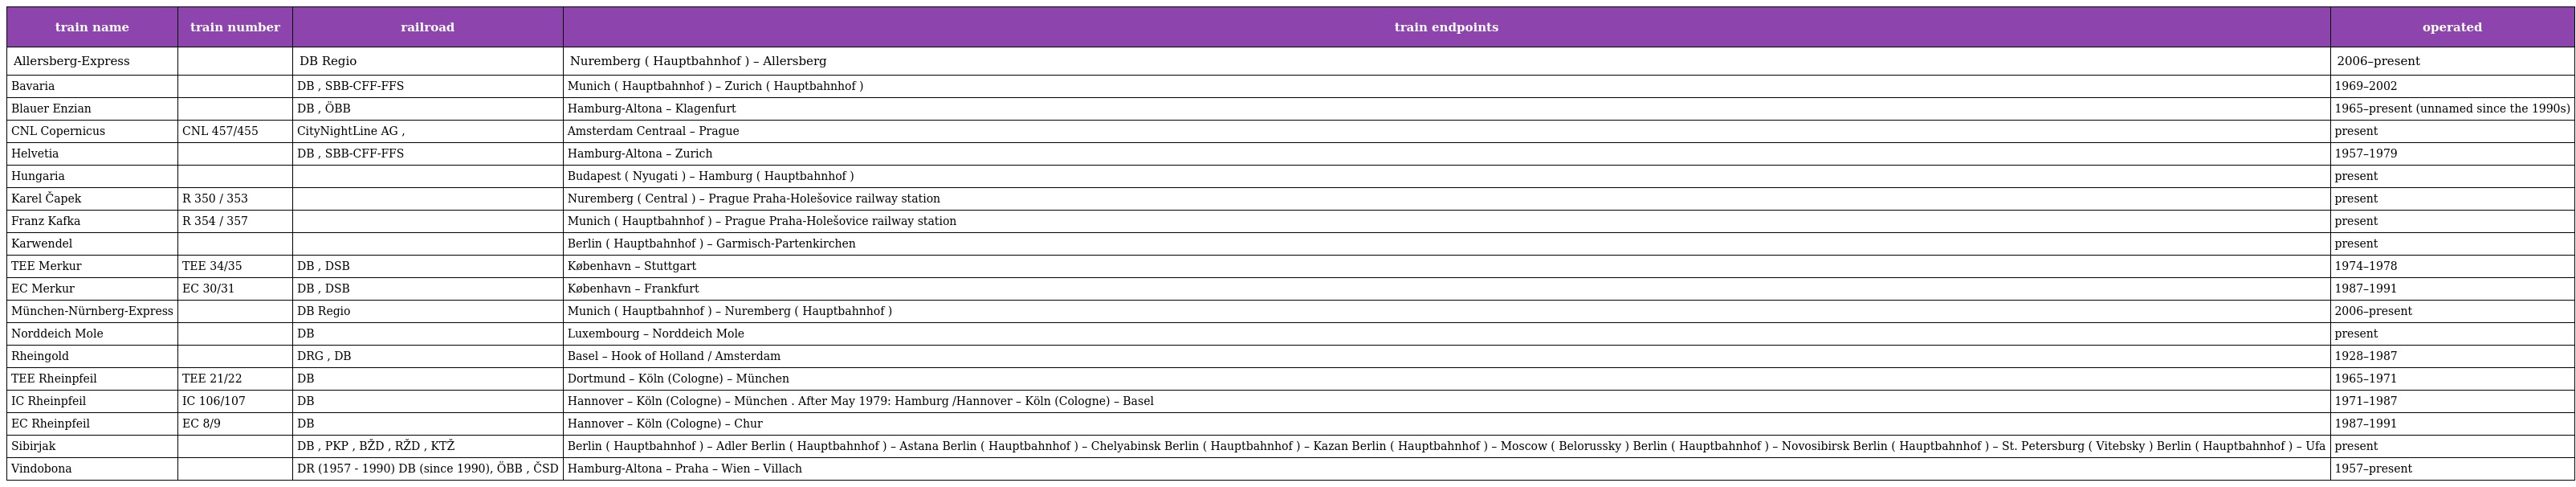
| train name | train number | railroad | train endpoints | operated |
 | --- | --- | --- | --- | --- |
 | Allersberg-Express |  | DB Regio | Nuremberg ( Hauptbahnhof ) – Allersberg | 2006–present |
 | Bavaria |  | DB , SBB-CFF-FFS | Munich ( Hauptbahnhof ) – Zurich ( Hauptbahnhof ) | 1969–2002 |
 | Blauer Enzian |  | DB , ÖBB | Hamburg-Altona – Klagenfurt | 1965–present (unnamed since the 1990s) |
 | CNL Copernicus | CNL 457/455 | CityNightLine AG , | Amsterdam Centraal – Prague | present |
 | Helvetia |  | DB , SBB-CFF-FFS | Hamburg-Altona – Zurich | 1957–1979 |
 | Hungaria |  |  | Budapest ( Nyugati ) – Hamburg ( Hauptbahnhof ) | present |
 | Karel Čapek | R 350 / 353 |  | Nuremberg ( Central ) – Prague Praha-Holešovice railway station | present |
 | Franz Kafka | R 354 / 357 |  | Munich ( Hauptbahnhof ) – Prague Praha-Holešovice railway station | present |
 | Karwendel |  |  | Berlin ( Hauptbahnhof ) – Garmisch-Partenkirchen | present |
 | TEE Merkur | TEE 34/35 | DB , DSB | København – Stuttgart | 1974–1978 |
 | EC Merkur | EC 30/31 | DB , DSB | København – Frankfurt | 1987–1991 |
 | München-Nürnberg-Express |  | DB Regio | Munich ( Hauptbahnhof ) – Nuremberg ( Hauptbahnhof ) | 2006–present |
 | Norddeich Mole |  | DB | Luxembourg – Norddeich Mole | present |
 | Rheingold |  | DRG , DB | Basel – Hook of Holland / Amsterdam | 1928–1987 |
 | TEE Rheinpfeil | TEE 21/22 | DB | Dortmund – Köln (Cologne) – München | 1965–1971 |
 | IC Rheinpfeil | IC 106/107 | DB | Hannover – Köln (Cologne) – München . After May 1979: Hamburg /Hannover – Köln (Cologne) – Basel | 1971–1987 |
 | EC Rheinpfeil | EC 8/9 | DB | Hannover – Köln (Cologne) – Chur | 1987–1991 |
 | Sibirjak |  | DB , PKP , BŽD , RŽD , KTŽ | Berlin ( Hauptbahnhof ) – Adler Berlin ( Hauptbahnhof ) – Astana Berlin ( Hauptbahnhof ) – Chelyabinsk Berlin ( Hauptbahnhof ) – Kazan Berlin ( Hauptbahnhof ) – Moscow ( Belorussky ) Berlin ( Hauptbahnhof ) – Novosibirsk Berlin ( Hauptbahnhof ) – St. Petersburg ( Vitebsky ) Berlin ( Hauptbahnhof ) – Ufa | present |
 | Vindobona |  | DR (1957 - 1990) DB (since 1990), ÖBB , ČSD | Hamburg-Altona – Praha – Wien – Villach | 1957–present |